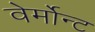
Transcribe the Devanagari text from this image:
वेर्मोन्ट